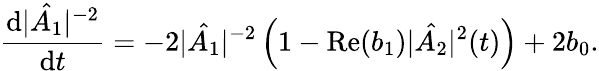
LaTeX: \frac{\mathrm{d}|\hat{A_{1}}|^{-2}}{\mathrm{d}t}=-2|\hat{A_{1}}|^{-2}\left(1-\mathrm{Re}(b_{1})|\hat{A_{2}}|^{2}(t)\right)+2b_{0}.